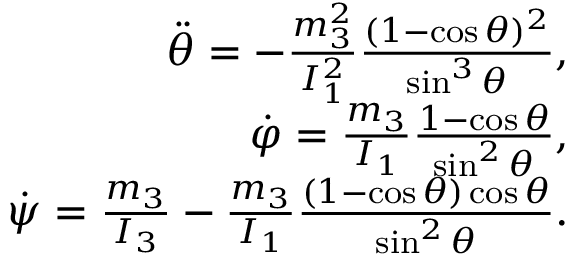
\begin{array} { r } { \ddot { \theta } = - \frac { m _ { 3 } ^ { 2 } } { I _ { 1 } ^ { 2 } } \frac { ( 1 - \cos \theta ) ^ { 2 } } { \sin ^ { 3 } \theta } , } \\ { \dot { \varphi } = \frac { m _ { 3 } } { I _ { 1 } } \frac { 1 - \cos \theta } { \sin ^ { 2 } \theta } , } \\ { \dot { \psi } = \frac { m _ { 3 } } { I _ { 3 } } - \frac { m _ { 3 } } { I _ { 1 } } \frac { ( 1 - \cos \theta ) \cos \theta } { \sin ^ { 2 } \theta } . } \end{array}